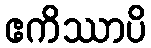
ဧကိဿာပိ